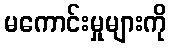
မကောင်းမှုများကို